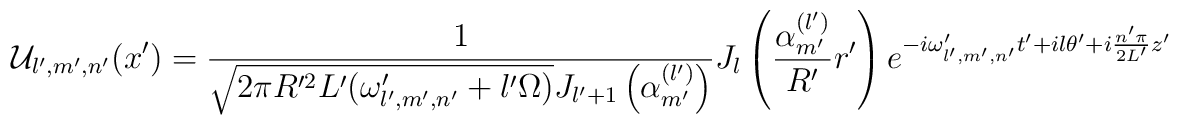
{\cal U}_{l',m',n'}(x')=   \frac1{\sqrt{2\pi R'^2L'(\omega '_{l',m',n'}+l'\Omega)}J_{l'+1}\left(\alpha_{m'}^{(l')}\right)}   J_l\left(\frac{\alpha_{m'}^{(l')}}{R'}r'\right)   e^{-i\omega '_{l',m',n'}t'+il\theta ' +i\frac{n'\pi}{2L'}z'}